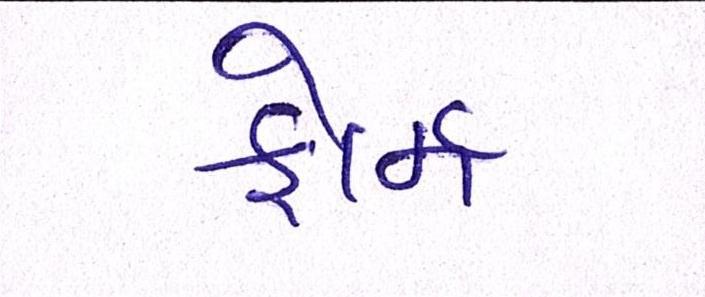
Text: ફોર્મ